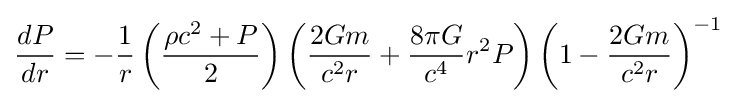
{\frac {dP}{dr}}=-{\frac {1}{r}}\left({\frac {\rho c^{2}+P}{2}}\right)\left({\frac {2Gm}{c^{2}r}}+{\frac {8\pi G}{c^{4}}}r^{2}P\right)\left(1-{\frac {2Gm}{c^{2}r}}\right)^{-1}